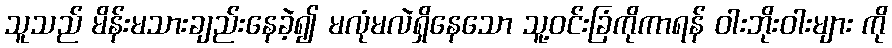
သူသည် မိန်းမသားချည်းနေခဲ့၍ မလုံမလဲရှိနေသော သူ့ဝင်းခြံကိုကာရန် ဝါးဘိုးဝါးများ ကို